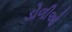
ડોળીઓ